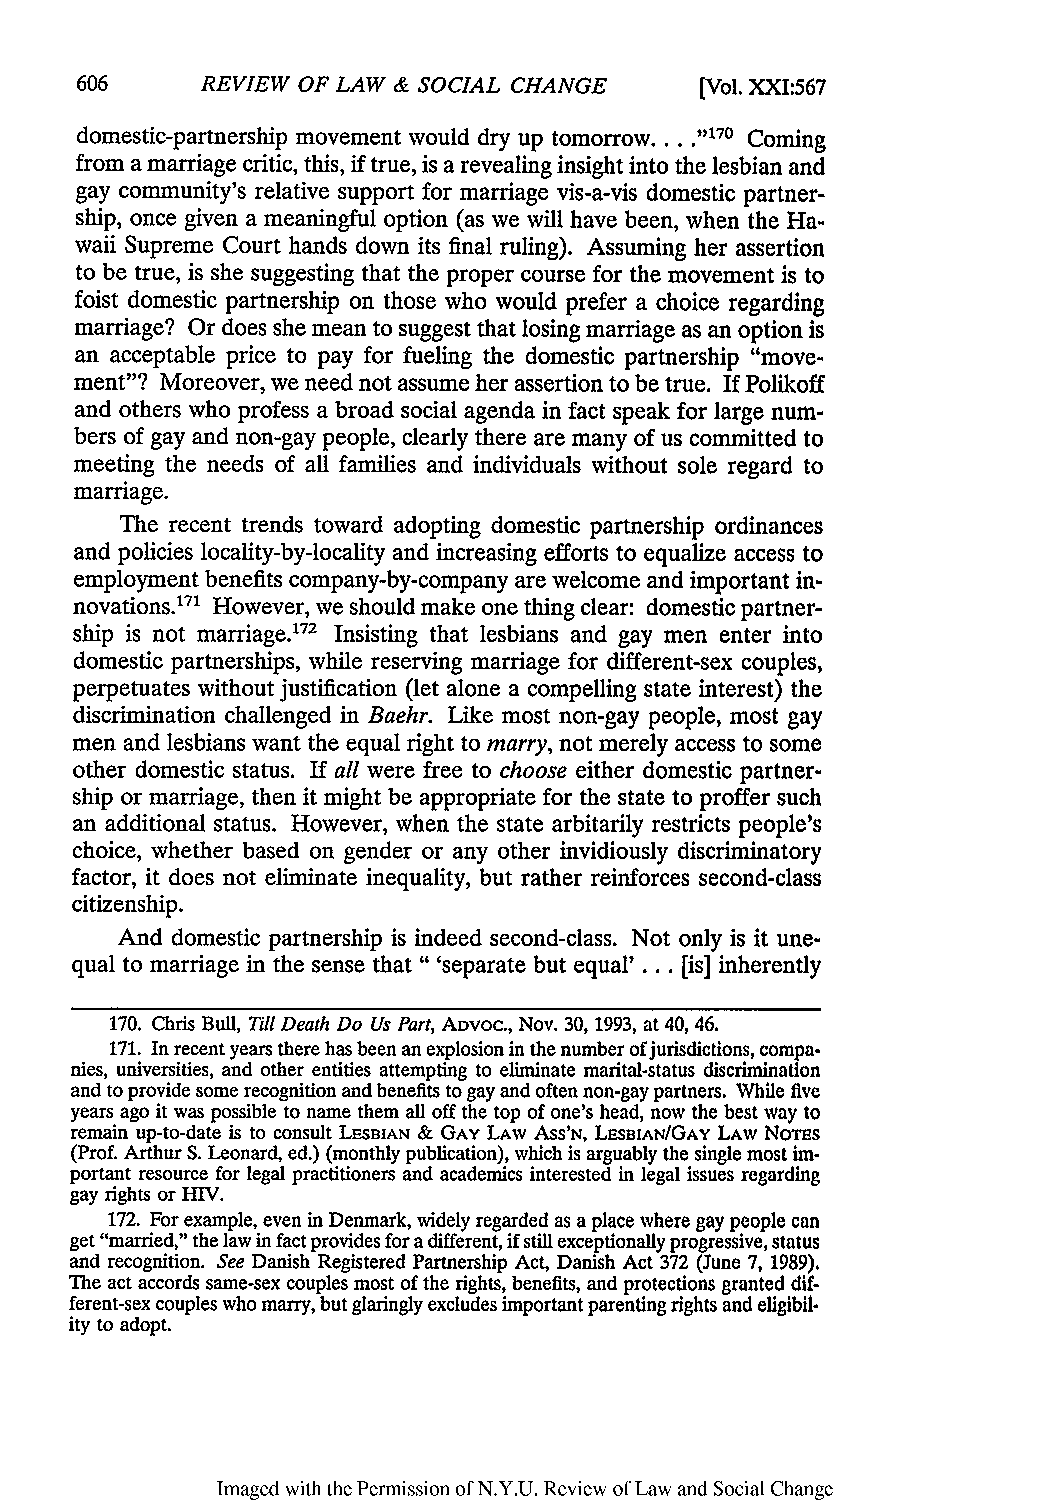
REVIEW OF LAW & SOCIAL CHANGE    [Vol. XXI:567
 domestic-partnership movement would dry up tomorrow.... "170 Coming
 from a marriage critic, this, if true, is a revealing insight into the lesbian and
 gay community's relative support for marriage vis-a-vis domestic partner-
 ship, once given a meaningful option (as we will have been, when the Ha-
 waii Supreme Court hands down its final ruling). Assuming her assertion
 to be true, is she suggesting that the proper course for the movement is to
 foist domestic partnership on those who would prefer a choice regarding
 marriage? Or does she mean to suggest that losing marriage as an option is
 an acceptable price to pay for fueling the domestic partnership "move-
 ment"? Moreover, we need not assume her assertion to be true. If Polikoff
 and others who profess a broad social agenda in fact speak for large num-
 bers of gay and non-gay people, clearly there are many of us committed to
 meeting the needs of all families and individuals without sole regard to
 marriage.
 The recent trends toward adopting domestic partnership ordinances
 and policies locality-by-locality and increasing efforts to equalize access to
 employment benefits company-by-company are welcome and important in-
 novations.171 However, we should make one thing clear: domestic partner-
 ship is not marriage.172 Insisting that lesbians and gay men enter into
 domestic partnerships, while reserving marriage for different-sex couples,
 perpetuates without justification (let alone a compelling state interest) the
 discrimination challenged in Baehr. Like most non-gay people, most gay
 men and lesbians want the equal right to marry, not merely access to some
 other domestic status. If all were free to choose either domestic partner-
 ship or marriage, then it might be appropriate for the state to proffer such
 an additional status. However, when the state arbitarily restricts people's
 choice, whether based on gender or any other invidiously discriminatory
 factor, it does not eliminate inequality, but rather reinforces second-class
 citizenship.
 And domestic partnership is indeed second-class. Not only is it une-
 qual to marriage in the sense that" 'separate but equal' ... [is] inherently
 170. Chris Bull, Till Death Do Us Part,A DVOC., Nov. 30, 1993, at 40, 46.
 171. In recent years there has been an explosion in the number of jurisdictions, compa-
 nies, universities, and other entities attempting to eliminate marital-status discrimination
 and to provide some recognition and benefits to gay and often non-gay partners. While five
 years ago it was possible to name them all off the top of one's head, now the best way to
 remain up-to-date is to consult LESBIAN & GAY LAW ASS'N, LESBIAN/GAY LAW NoT s
 (Prof. Arthur S. Leonard, ed.) (monthly publication), which is arguably the single most im-
 portant resource for legal practitioners and academics interested in legal issues regarding
 gay rights or HIV.
 172. For example, even in Denmark, widely regarded as a place where gay people can
 get "married," the law in fact provides for a different, if still exceptionally progressive, status
 and recognition. See Danish Registered Partnership Act, Danish Act 372 (June 7, 1989).
 The act accords same-sex couples most of the rights, benefits, and protections granted dif-
 ferent-sex couples who marry, but glaringly excludes important parenting rights and eligibil-
 ity to adopt.
 Imaged with the Permission of N.Y.U. Review of Law and Social Change